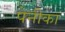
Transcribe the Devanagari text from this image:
पेनीका